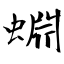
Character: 蜵